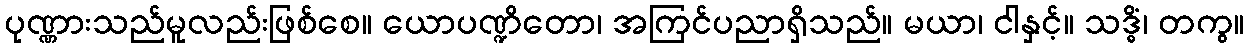
ပုဏ္ဏားသည်မူလည်းဖြစ်စေ။ ယောပဏ္ဍိတော၊ အကြင်ပညာရှိသည်။ မယာ၊ ငါနှင့်။ သဒ္ဓိံ၊ တကွ။